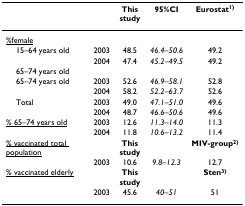
<table><thead><tr><td></td><td></td><td><b>This study</b></td><td><b>95%CI</b></td><td><b>Eurostat<sup>1)</sup></b></td></tr></thead><tbody><tr><td><underline>%female</underline></td><td></td><td></td><td></td><td></td></tr><tr><td> 15–64 years old</td><td>2003</td><td>48.5</td><td><i>46.4–50.6</i></td><td>49.2</td></tr><tr><td></td><td>2004</td><td>47.4</td><td><i>45.2–49.5</i></td><td>49.2</td></tr><tr><td> 65–74 years old</td><td></td><td></td><td></td><td></td></tr><tr><td> 65–74 years old</td><td>2003</td><td>52.6</td><td><i>46.9–58.1</i></td><td>52.8</td></tr><tr><td></td><td>2004</td><td>58.2</td><td><i>52.2–63.7</i></td><td>52.6</td></tr><tr><td> Total</td><td>2003</td><td>49.0</td><td><i>47.1–51.0</i></td><td>49.6</td></tr><tr><td></td><td>2004</td><td>48.7</td><td><i>46.6–50.6</i></td><td>49.6</td></tr><tr><td><underline>% 65–74 years old</underline></td><td>2003</td><td>12.6</td><td><i>11.3–14.0</i></td><td>11.3</td></tr><tr><td></td><td>2004</td><td>11.8</td><td><i>10.6–13.2</i></td><td>11.4</td></tr><tr><td><underline>% vaccinated total population</underline></td><td></td><td><b>This study</b></td><td></td><td><b>MIV-group<sup>2)</sup></b></td></tr><tr><td></td><td>2003</td><td>10.6</td><td><i>9.8–12.3</i></td><td>12.7</td></tr><tr><td><underline>% vaccinated elderly</underline></td><td></td><td><b>This study</b></td><td></td><td><b>Sten<sup>3)</sup></b></td></tr><tr><td></td><td>2003</td><td>45.6</td><td><i>40–51</i></td><td>51</td></tr></tbody></table>